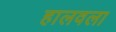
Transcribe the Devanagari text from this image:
हालवला